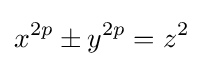
x^{2p}\pm y^{2p}=z^{2}